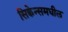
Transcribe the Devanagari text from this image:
सिक्वेन्समधील